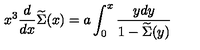
x ^ { 3 } { \frac { d } { d x } } \widetilde \Sigma ( x ) = a \int _ { 0 } ^ { x } { \frac { y d y } { 1 - \widetilde \Sigma ( y ) } }